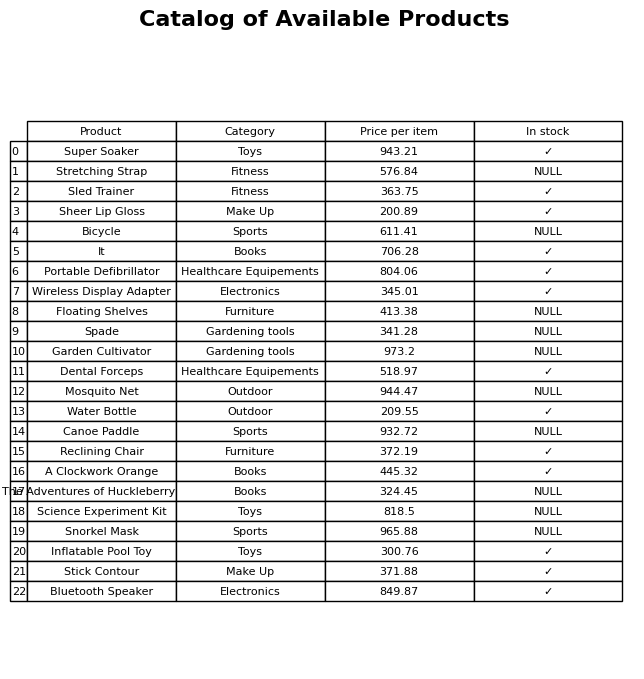
question: What is the price for Wireless Display Adapter?
answer: The price of Wireless Display Adapter is 345.01.